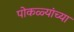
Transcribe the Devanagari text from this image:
पोकळ्यांच्या